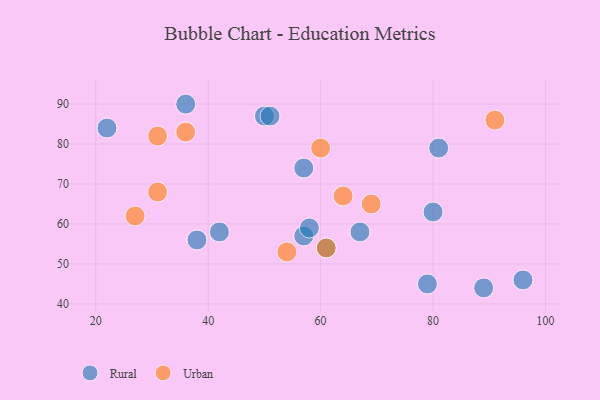
{"axis": {"x": "GDP", "y": "Life Expectancy"}, "legend": ["Rural", "Urban"], "data": [{"x": "50", "y": 87, "type": "Rural"}, {"x": "57", "y": 74, "type": "Rural"}, {"x": "79", "y": 45, "type": "Rural"}, {"x": "67", "y": 58, "type": "Rural"}, {"x": "80", "y": 63, "type": "Rural"}, {"x": "38", "y": 56, "type": "Rural"}, {"x": "36", "y": 90, "type": "Rural"}, {"x": "57", "y": 57, "type": "Rural"}, {"x": "89", "y": 44, "type": "Rural"}, {"x": "42", "y": 58, "type": "Rural"}, {"x": "58", "y": 59, "type": "Rural"}, {"x": "96", "y": 46, "type": "Rural"}, {"x": "22", "y": 84, "type": "Rural"}, {"x": "81", "y": 79, "type": "Rural"}, {"x": "51", "y": 87, "type": "Rural"}, {"x": "61", "y": 54, "type": "Rural"}, {"x": "54", "y": 53, "type": "Urban"}, {"x": "31", "y": 82, "type": "Urban"}, {"x": "60", "y": 79, "type": "Urban"}, {"x": "27", "y": 62, "type": "Urban"}, {"x": "61", "y": 54, "type": "Urban"}, {"x": "91", "y": 86, "type": "Urban"}, {"x": "36", "y": 83, "type": "Urban"}, {"x": "69", "y": 65, "type": "Urban"}, {"x": "31", "y": 68, "type": "Urban"}, {"x": "64", "y": 67, "type": "Urban"}]}